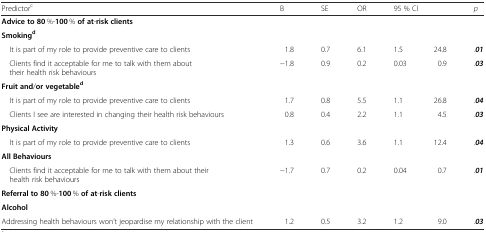
| Predictorc | B | SE | OR | <COLSPAN=2> 95 % CI | p |
 | --- | --- | --- | --- | --- | --- | --- |
 | Advice to 80 %-100 % of at-risk clients |  |  |  |  |  |  |
 | Smokingd |  |  |  |  |  |  |
 | It is part of my role to provide preventive care to clients | 1.8 | 0.7 | 6.1 | 1.5 | 24.8 | .01 |
 | Clients find it acceptable for me to talk with them about their health risk behaviours | −1.8 | 0.9 | 0.2 | 0.03 | 0.9 | .03 |
 | Fruit and/or vegetabled |  |  |  |  |  |  |
 | It is part of my role to provide preventive care to clients | 1.7 | 0.8 | 5.5 | 1.1 | 26.8 | .04 |
 | Clients I see are interested in changing their health risk behaviours | 0.8 | 0.4 | 2.2 | 1.1 | 4.5 | .03 |
 | Physical Activity |  |  |  |  |  |  |
 | It is part of my role to provide preventive care to clients | 1.3 | 0.6 | 3.6 | 1.1 | 12.4 | .04 |
 | All Behaviours |  |  |  |  |  |  |
 | Clients find it acceptable for me to talk with them about their health risk behaviours | −1.7 | 0.7 | 0.2 | 0.04 | 0.7 | .01 |
 | Referral to 80 %-100 % of at-risk clients |  |  |  |  |  |  |
 | Alcohol |  |  |  |  |  |  |
 | Addressing health behaviours won’t jeopardise my relationship with the client | 1.2 | 0.5 | 3.2 | 1.2 | 9.0 | .03 |